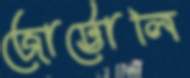
জোট্টোলি